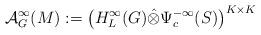
LaTeX: \begin{align*}\mathcal{A}^\infty_G(M):=\left(H^\infty_L(G)\hat{\otimes}\Psi^{-\infty}_c(S)\right)^{K\times K}\end{align*}